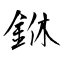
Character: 銝